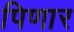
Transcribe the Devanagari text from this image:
पिणार